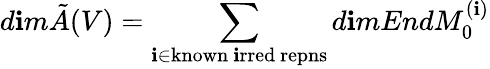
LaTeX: d\mathbf{i}m\tilde{{A}}(V)=\sum_{\mathbf{i}\in\mathrm{{known~\mathbf{i}rred~repns}}}d\mathbf{i}mEndM_{0}^{(\mathbf{i})}